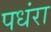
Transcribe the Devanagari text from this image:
पधंरा